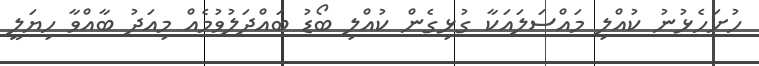
ހުށަހެޅުނު ކުއްލި މައްސަލައަކާ ގުޅިގެން ކުއްލި ބޯޑު ބައްދަލުވުމެއް މިއަދު ބާއްވާ ހިޔަލީ